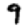
Digit: 9